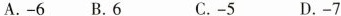
A.-6 B.6 C.-5 D.-7